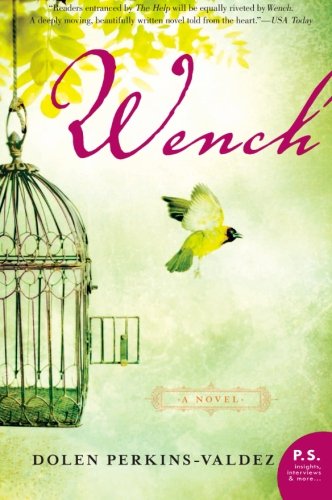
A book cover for Wench: A Novel (P.S.); Dolen Perkins-Valdez; Literature & Fiction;